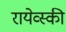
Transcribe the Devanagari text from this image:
रायेव्स्की